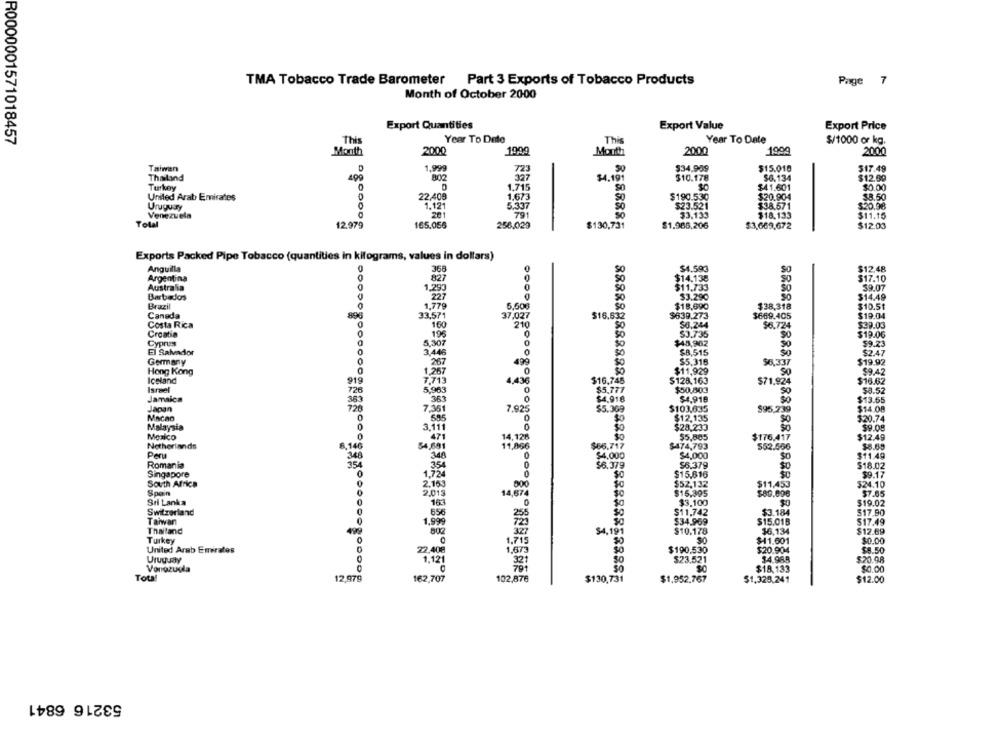
TMA Tobacco Trade Barometer Part 3 Exports of Tobacco Products
Page 7
Month of October 2000
Export Quantities
Export Value
Export Price
R0000001571018457
This
Year To Date
This
Year To Date
$/1000 or kg.
Month
2000
1999
Month
2000
1900
2000
Taiwan
D
1.999
723
$34.989
$15.010
$17.49
Thailand
400
802
327
$4.191
$10.178
$6.134
$12.99
Turkey
1.715
$41.601
1.673
$0.00
United Arab Emirates
22,408
$190.530
$20.904
$8.50
Uruguay
1.121
5.337
$23.521
$38.571
$20.98
Venezuela
201
$3,133
$18,133
$11.15
Total
165.056
256,029
$130,731
8588885
$1.986,206
$3,669,672
$12.03
Exports Packed Pipe Tobacco (quantities in kilograms, values in dollars)
Anguilla
$4.593
$12.48
368
Argentina
827
$14.138
$17.10
Australia
1,290
$11.733
39.07
Barbados
227
$3.290
$14.49
Brazil
$18,690
$10.51
1,77
50
$38,318
Canada
896
33.571
$16,632
$639.273
$669.405
$19.04
Costa Rica
160
50.244
$6.724
$39.03
Croatia
196
$3.735
$19.06
$45,962
Cyprus
El Salvador
50
$8,515
Germany
0
267
100
$5,316
$6,337
$19.92
Hong Kong
1.267
$11,929
$9.42
Iceland
919
4,436
Booko
$16.745
$128,163
$71.924
$16.62
Israel
728
5.963
$5,777
$50,803
$8.52
Jamaica
363
363
$4.918
$4,918
So
Japan
726
7,361
7.92
$103,635
$95,739
$14.08
585
$12,135
Malaysia
3,111
$28,233
$9.08
Mexico
471
14,128
$5,885
$176.417
Netherlands
8,146
54,691
11,866
$56,717
$474,793
552.566
$8.89
Per
348
348
$4,000
$4,000
$11.49
Romania
354
354
$6.379
$6.379
50
$18.02
Singapore
$15,616
$9.17
South Africa
1,720
$52,132
$24.10
2.153
800
$11,453
Spain
2.015
14,674
$16,395
$80.096
57.85
Sri Lanka
163
$3.100
$19.02
Switzerland
656
$11.742
$3.184
$17.90
Taiwan
1,999
$34.969
$15.01B
$17.49
Thailand
$4,19
$10,178
$6,134
$12.69
Turkey
1,715
$41.601
$0.00
United Arab Emirates
22,40€
1.673
$190,530
$20.904
$8.50
Uruguay
7.12
$23.521
$4.965
$20.98
Vonozudia
$18.133
$0.00
Total
12,979
162,707
102,876
$130,731
$1,952.767
$1,329,241
$12.00
53216 6841